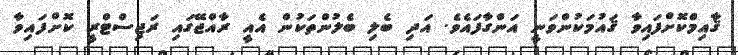
ޤާއިމްކޮށްފައިވާ ޤައުމަކުންވަނީ އަންގާފައެވެ. އަދި ބެލި ބެލުންތަކުން އެއީ ރާއްޖޭގައި ރަޖިސްޓްރީ ކޮށްފައިވާ